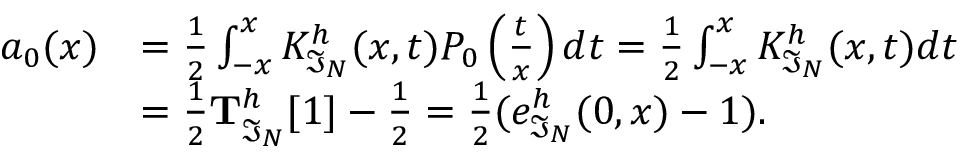
\begin{array} { r l } { a _ { 0 } ( x ) } & { = \frac { 1 } { 2 } \int _ { - x } ^ { x } K _ { \mathfrak { I } _ { N } } ^ { h } ( x , t ) P _ { 0 } \left( \frac { t } { x } \right) d t = \frac { 1 } { 2 } \int _ { - x } ^ { x } K _ { \mathfrak { I } _ { N } } ^ { h } ( x , t ) d t } \\ & { = \frac { 1 } { 2 } \mathbf { T } _ { \mathfrak { I } _ { N } } ^ { h } [ 1 ] - \frac { 1 } { 2 } = \frac { 1 } { 2 } ( e _ { \mathfrak { I } _ { N } } ^ { h } ( 0 , x ) - 1 ) . } \end{array}